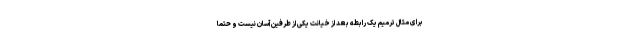
برای مثال ترمیم یک رابطه بعد از خیانت یکی از طرفین آسان نیست و حتما